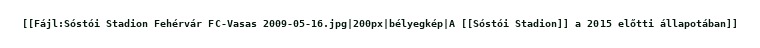
[[Fájl:Sóstói Stadion Fehérvár FC-Vasas 2009-05-16.jpg|200px|bélyegkép|A [[Sóstói Stadion]] a 2015 előtti állapotában]]